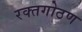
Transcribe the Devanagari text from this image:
रक्तगोठण